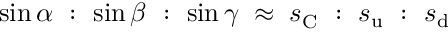
\sin \alpha ~ : ~ \sin \beta ~ : ~ \sin \gamma \; \approx \; s _ { \mathrm { C } } ^ { ~ } ~ : ~ s _ { \mathrm { u } } ~ : ~ s _ { \mathrm { d } } \;